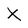
Character: X